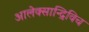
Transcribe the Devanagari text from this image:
आलेक्सान्द्रिविच